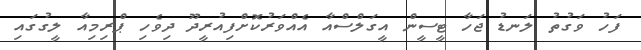
ފަހު ވަގުތު ލަނޑު ޖަހާ ޓީސީން އީގަލްސްއާ އެއްވަރުކޮށްފިއުރީދޫ ދިވެހި ޕްރިމިއާ ލީގުގައި